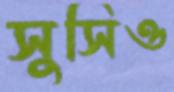
সুসিও